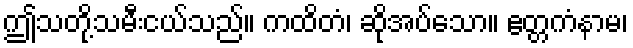
ဤသတို့သမီးငယ်သည်။ ကထိတံ၊ ဆိုအပ်သော။ ဧတ္တကံနာမ၊